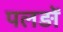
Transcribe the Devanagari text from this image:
पलड़ों